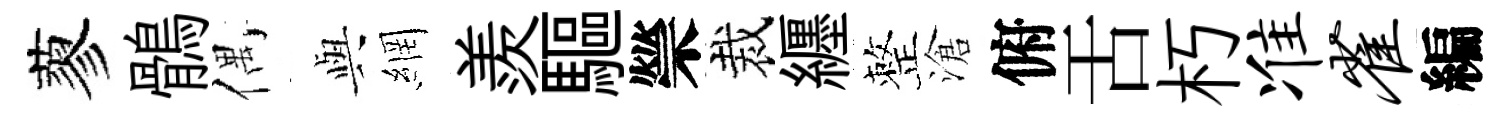
蓼鶻偶𫤰網羨驅禜裁纒整滄俯舌朽准雀編